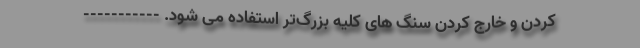
کردن و خارج کردن سنگ های کلیه بزرگ‌تر استفاده می شود. -----------